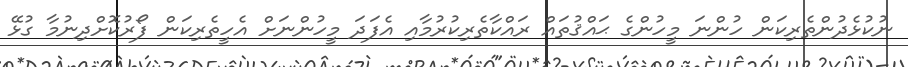
ނުކުޅެދުންތެރިކަން ހުންނަ މީހުންގެ ޙައްޤުތައް ރައްކާތެރިކުރުމާއި އެފަދަ މީހުންނަށް އެހީތެރިކަން ފޯރުކޮށްދިނުމާ ގުޅޭ